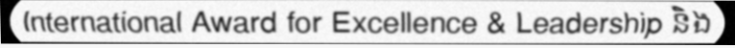
International Award for Excellence & Leadership និង